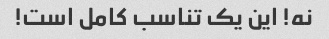
نه! این یک تناسب کامل است!